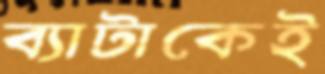
ব্যাটাকেই